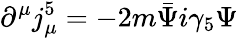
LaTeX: \partial^{\mu}j_{\mu}^{5}=-2m\bar{\Psi}i\gamma_{5}\Psi